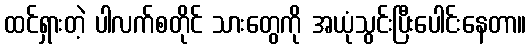
ထင်ရှားတဲ့ ပါလက်စတိုင် သားတွေကို အယုံသွင်းပြီးပေါင်းနေတာ။